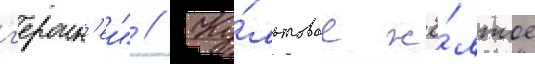
г'ероин'еи" // Ку́льтовое жё́лтое